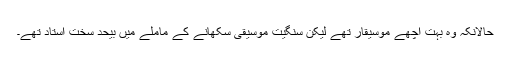
حالانکہ وہ بہُت اچھّے موسیقار تھے لیکِن سنگِیت مَوسِیقی سِکھانے کے ماملے میں بیحد سخت اُسْتاد تھے۔